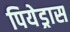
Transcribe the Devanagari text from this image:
पियेड्रास